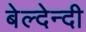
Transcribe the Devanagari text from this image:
बेल्देन्दी